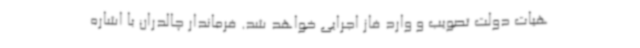
هیات دولت تصویب و وارد فاز اجرایی خواهد شد. فرماندار چالدران با اشاره